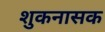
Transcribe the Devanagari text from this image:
शुकनासक